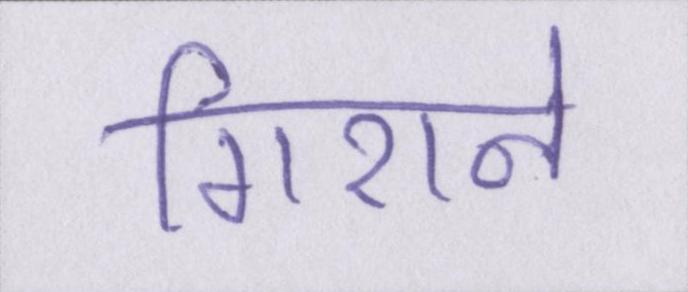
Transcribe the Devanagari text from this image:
गिराने